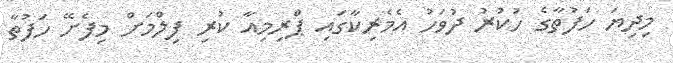
މިދިޔަ ހަފުތާގެ ހުކުރު ދުވަހު އެމެރިކާގައި ޕްރިމިއާ ކުރި ފިލްމަށް މިފެށޭ ހަފުތާ